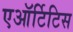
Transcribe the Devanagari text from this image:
एऑर्टिटिस